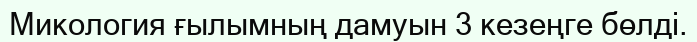
Микология ғылымның дамуын 3 кезеңге бөлді.